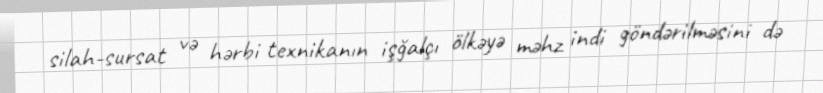
silah-sursat və hərbi texnikanın işğalçı ölkəyə məhz indi göndərilməsini də